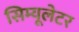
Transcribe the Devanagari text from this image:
सिम्यूलेटर